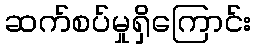
ဆက်စပ်မှုရှိကြောင်း